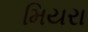
મિયરા